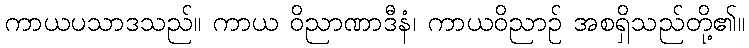
ကာယပသာဒသည်။ ကာယ ဝိညာဏာဒီနံ၊ ကာယဝိညာဉ် အစရှိသည်တို့၏။